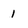
Character: 1